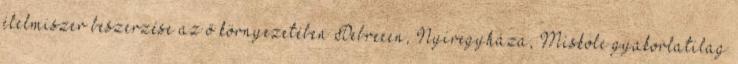
élelmiszer beszerzése az ő környezetében Debrecen, Nyíregyháza, Miskolc gyakorlatilag